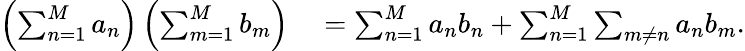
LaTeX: \begin{array}{rl}{\left(\sum_{n=1}^{M}a_{n}\right)\left(\sum_{m=1}^{M}b_{m}\right)}&{{}=\sum_{n=1}^{M}a_{n}b_{n}+\sum_{n=1}^{M}\sum_{m\neq n}a_{n}b_{m}.}\end{array}